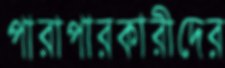
পারাপারকারীদের